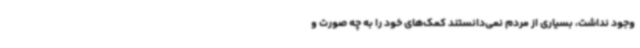
وجود نداشت، بسیاری از مردم نمی‌دانستند کمک‌های خود را به چه صورت و